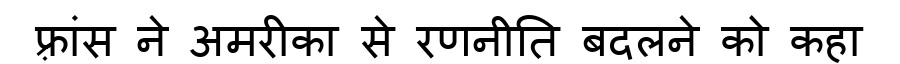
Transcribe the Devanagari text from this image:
फ़्रांस ने अमरीका से रणनीति बदलने को कहा